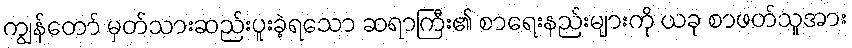
ကျွန်တော် မှတ်သားဆည်းပူးခဲ့ရသော ဆရာကြီး၏ စာရေးနည်းများကို ယခု စာဖတ်သူအား